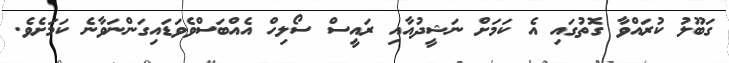
ގަބޫލު ކުރައްވާ ގޮތުގައި އެ ކަމަށް ނަޝީދުއާއި ރައީސް ސޯލިހް އެއްބަސްވެވަޑައިގަންނަވާނެ ކަމަށެވެ.